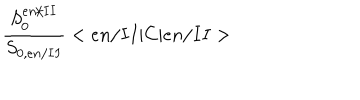
LaTeX: \frac { S _ { 0 } ^ { e n / I I } } { S _ { 0 , e n / I I } } < e n / I I | C | e n / I I >